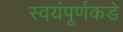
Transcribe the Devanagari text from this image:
स्वयंपूर्णकडे